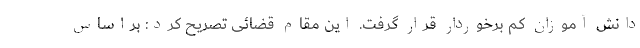
دانش آموزان کم برخوردار قرار گرفت. این مقام قضائی تصریح کرد: براساس